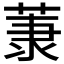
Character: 𫈤